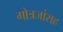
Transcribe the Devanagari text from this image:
गोत्रजांसह